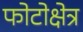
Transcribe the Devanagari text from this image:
फोटोक्षेत्र